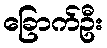
ခြောက်ဦး